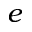
e